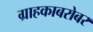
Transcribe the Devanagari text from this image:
ग्राहकाबरोबर